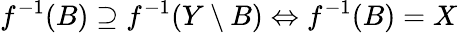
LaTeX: f^{-1}(B)\supseteq f^{-1}(Y\setminus B)\Leftrightarrow f^{-1}(B)=X